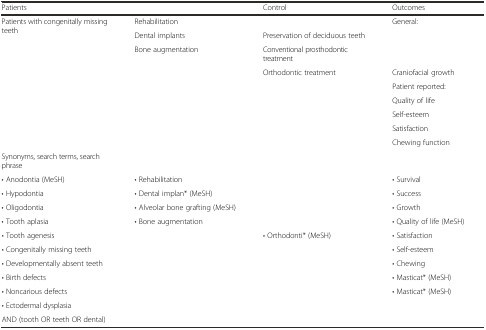
<table><thead><tr><td><b>Patients</b></td><td>[EMPTY_CELL]</td><td><b>Control</b></td><td><b>Outcomes</b></td></tr></thead><tbody><tr><td rowspan="9">Patients with congenitally missing teeth</td><td>Rehabilitation</td><td>[EMPTY_CELL]</td><td>General:</td></tr><tr><td>Dental implants</td><td>Preservation of deciduous teeth</td><td>[EMPTY_CELL]</td></tr><tr><td rowspan="7">Bone augmentation</td><td>Conventional prosthodontic treatment</td><td>[EMPTY_CELL]</td></tr><tr><td rowspan="6">Orthodontic treatment</td><td>Craniofacial growth</td></tr><tr><td>Patient reported:</td></tr><tr><td>Quality of life</td></tr><tr><td>Self-esteem</td></tr><tr><td>Satisfaction</td></tr><tr><td>Chewing function</td></tr><tr><td colspan="4">Synonyms, search terms, search phrase</td></tr><tr><td>• Anodontia (MeSH)</td><td>• Rehabilitation</td><td>[EMPTY_CELL]</td><td>• Survival</td></tr><tr><td>• Hypodontia</td><td>• Dental implan* (MeSH)</td><td>[EMPTY_CELL]</td><td>• Success</td></tr><tr><td>• Oligodontia</td><td>• Alveolar bone grafting (MeSH)</td><td>[EMPTY_CELL]</td><td>• Growth</td></tr><tr><td>• Tooth aplasia</td><td>• Bone augmentation</td><td>[EMPTY_CELL]</td><td>• Quality of life (MeSH)</td></tr><tr><td>• Tooth agenesis</td><td>[EMPTY_CELL]</td><td>• Orthodonti* (MeSH)</td><td>• Satisfaction</td></tr><tr><td>• Congenitally missing teeth</td><td>[EMPTY_CELL]</td><td>[EMPTY_CELL]</td><td>• Self-esteem</td></tr><tr><td>• Developmentally absent teeth</td><td>[EMPTY_CELL]</td><td>[EMPTY_CELL]</td><td>• Chewing</td></tr><tr><td>• Birth defects</td><td>[EMPTY_CELL]</td><td>[EMPTY_CELL]</td><td>• Masticat* (MeSH)</td></tr><tr><td>• Noncarious defects</td><td>[EMPTY_CELL]</td><td>[EMPTY_CELL]</td><td>• Masticat* (MeSH)</td></tr><tr><td>• Ectodermal dysplasia</td><td>[EMPTY_CELL]</td><td>[EMPTY_CELL]</td><td>[EMPTY_CELL]</td></tr><tr><td>AND (tooth OR teeth OR dental)</td><td>[EMPTY_CELL]</td><td>[EMPTY_CELL]</td><td>[EMPTY_CELL]</td></tr></tbody></table>